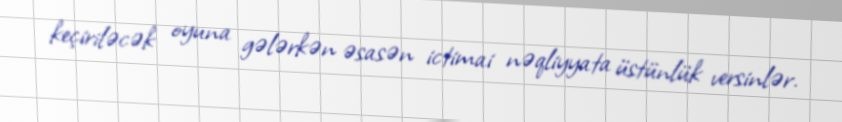
keçiriləcək oyuna gələrkən əsasən ictimai nəqliyyata üstünlük versinlər.